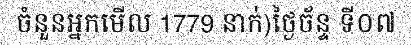
ចំនួនអ្នកមើល 1779 នាក់)ថ្ងៃច័ន្ទ ទី០៧